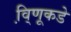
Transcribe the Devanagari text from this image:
वि़्णूकडे